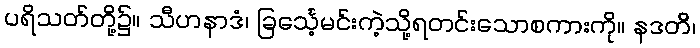
ပရိသတ်တို့၌။ သီဟနာဒံ၊ ခြင်္သေ့မင်းကဲ့သို့ရတင်းသောစကားကို။ နဒတိ၊